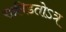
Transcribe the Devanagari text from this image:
राक्रीडतोऽत्र